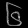
Digit: ၆